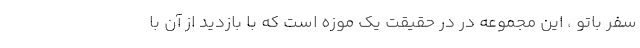
سفر باتو ، این مجموعه در در حقیقت یک موزه است که با بازدید از آن با